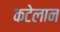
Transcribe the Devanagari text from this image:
कटेलान